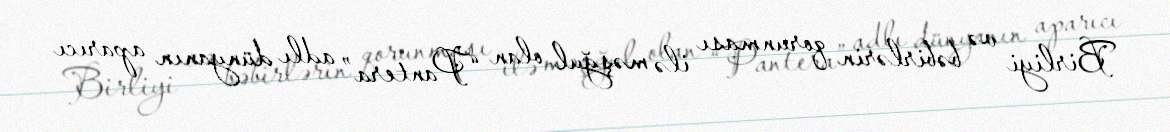
Birliyi və bəbirlərin qorunması ilə məşğul olan “Pantera” adlı dünyanın aparıcı